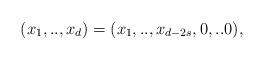
LaTeX: \begin{align*}(x_{1},..,x_{d}) = (x_{1},..,x_{d-2s},0,..0),\end{align*}